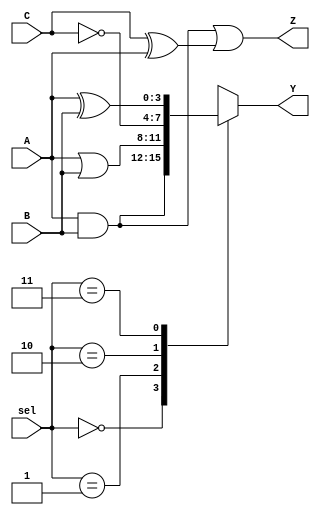
module combinational_logic_block (
    input  wire [3:0] A,        // 4-bit input A
    input  wire [3:0] B,        // 4-bit input B
    input  wire [3:0] C,        // 4-bit input C
    input  wire [1:0] sel,      // 2-bit select signal for configuration
    output wire [3:0] Y,        // 4-bit output Y
    output wire [3:0] Z         // 4-bit output Z
);

// Intermediate signals
wire [3:0] and_result;
wire [3:0] or_result;
wire [3:0] not_result;
wire [3:0] xor_result;

// Logic Functions
assign and_result = A & B;         // AND operation
assign or_result = A | B;          // OR operation
assign not_result = ~C;            // NOT operation
assign xor_result = A ^ B;         // XOR operation

// Output Logic Configuration based on select signal
always @(*) begin
    case (sel)
        2'b00: Y = and_result;       // Select AND result
        2'b01: Y = or_result;        // Select OR result
        2'b10: Y = not_result;       // Select NOT result
        2'b11: Y = xor_result;       // Select XOR result
        default: Y = 4'b0000;        // Default case
    endcase
end

// Output Z is a combination of some logic functions
assign Z = (A & B) | (C ^ A);       // Example of a combined logic function

endmodule